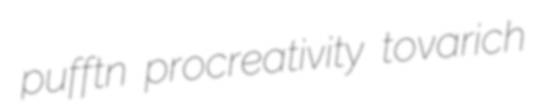
pufftn procreativity tovarich